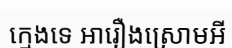
ក្មេងទេ អារឿងស្រោមអី